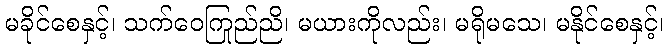
မခိုင်စေနှင့်၊ သက်ဝေကြည်ညို၊ မယားကိုလည်း၊ မရိုမသေ၊ မနိုင်စေနှင့်၊